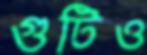
গুটিও